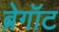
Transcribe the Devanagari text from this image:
ब्रेगॉट